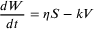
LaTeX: { \frac { d W } { d t } } = \eta S - k V